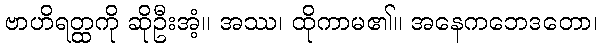
ဗာဟိရတ္ထကို ဆိုဦးအံ့။ အဿ၊ ထိုကာမ၏။ အနေကဘေဒတော၊